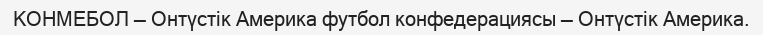
КОНМЕБОЛ — Онтүстік Америка футбол конфедерациясы — Онтүстік Америка.